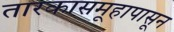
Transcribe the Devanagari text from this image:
तारकासमूहापासून